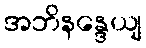
အဘိနန္ဒေယျ